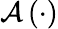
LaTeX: {\mathcal{A}\left(\cdot\right)}